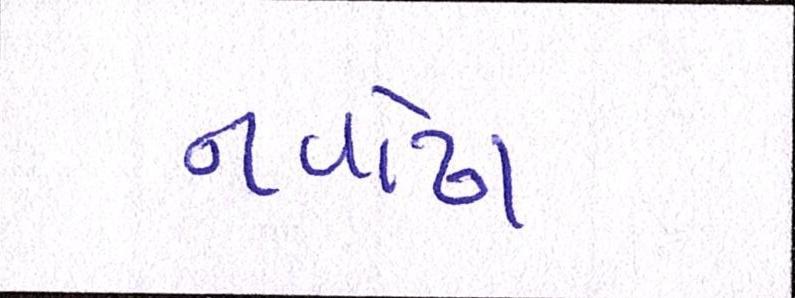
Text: નવોઢા